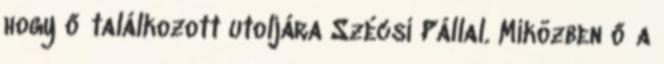
hogy ő találkozott utoljára Szécsi Pállal. Miközben ő a